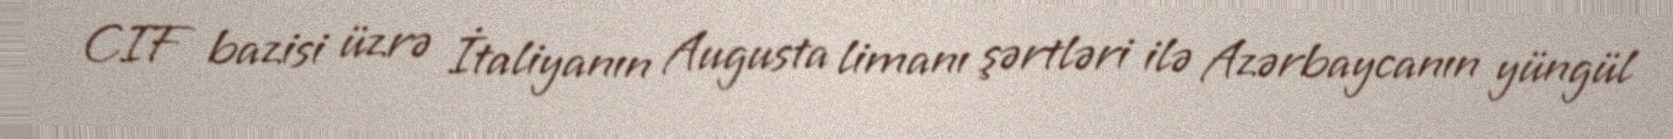
CIF bazisi üzrə İtaliyanın Augusta limanı şərtləri ilə Azərbaycanın yüngül